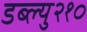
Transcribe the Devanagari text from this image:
डब्ल्यु२१०